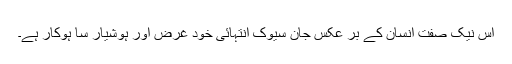
اس نیک صفت انسان کے بر عکس جان سیوک انتہائی خود غرض اور ہوشیار سا ہوکار ہے۔